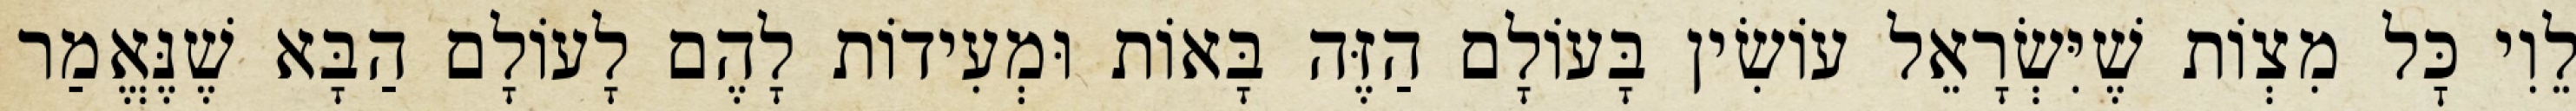
לֵוִי כׇּל מִצְוֹת שֶׁיִּשְׂרָאֵל עוֹשִׂין בָּעוֹלָם הַזֶּה בָּאוֹת וּמְעִידוֹת לָהֶם לָעוֹלָם הַבָּא שֶׁנֶּאֱמַר